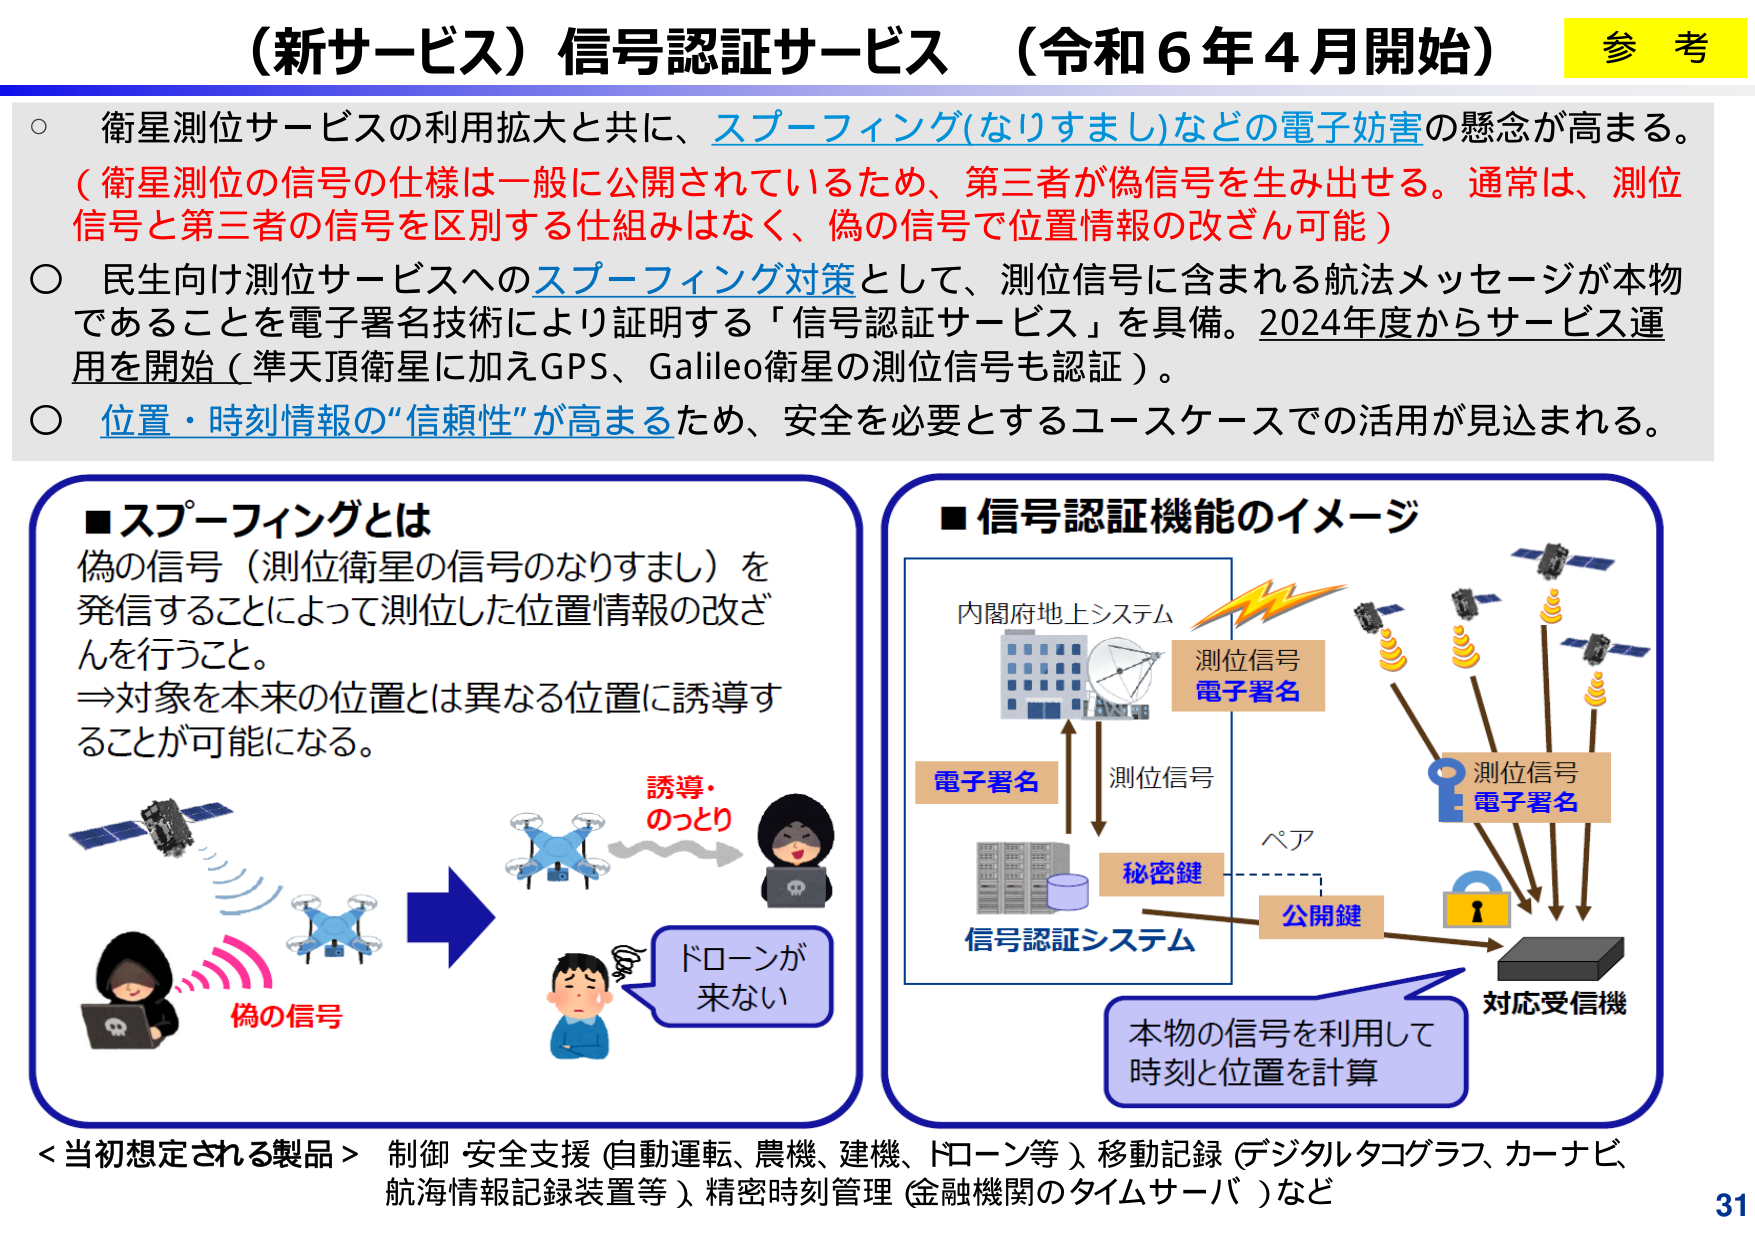
（新サービス）信号認証サービス （令和６年４月開始） 参考

○ 衛星測位サービスの利用拡大と共に、スプーフィング(なりすまし)などの電子妨害の懸念が高まる。
（衛星測位の信号の仕様は一般に公開されているため、第三者が偽信号を生み出せる。通常は、測位信号と第三者の信号を区別する仕組みはなく、偽の信号で位置情報の改ざん可能）

○ 民生向け測位サービスへのスプーフィング対策として、測位信号に含まれる航法メッセージが本物であることを電子署名技術により証明する「信号認証サービス」を具備。2024年度からサービス運用を開始（準天頂衛星に加えGPS、Galileo衛星の測位信号も認証）。

○ 位置・時刻情報の“信頼性”が高まるため、安全を必要とするユースケースでの活用が見込まれる。

■スプーフィングとは
偽の信号（測位衛星の信号のなりすまし）を
発信することによって測位した位置情報の改ざんを行うこと。
⇒対象を本来の位置とは異なる位置に誘導することが可能になる。

誘導・のっとり
偽の信号
ドローンが
来ない

■信号認証機能のイメージ
内閣府地上システム
測位信号
電子署名
電子署名
測位信号
秘密鍵
ペア
公開鍵
信号認証システム
対応受信機
本物の信号を利用して
時刻と位置を計算

＜当初想定される製品＞ 制御・安全支援（自動運転、農機、建機、ドローン等）、移動記録（デジタルタコグラフ、カーナビ、航海情報記録装置等）、精密時刻管理（金融機関のタイムサーバ）など

31